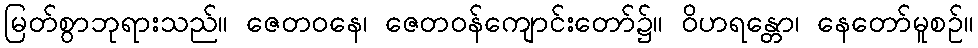
မြတ်စွာဘုရားသည်။ ဇေတဝနေ၊ ဇေတဝန်ကျောင်းတော်၌။ ဝိဟရန္တော၊ နေတော်မူစဉ်။